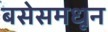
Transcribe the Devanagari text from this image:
बसेसमधून